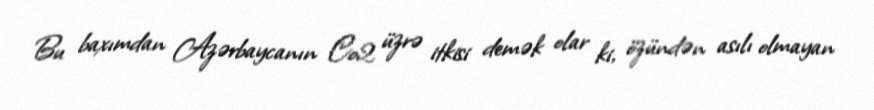
Bu baxımdan Azərbaycanın Co2 üzrə itkisi demək olar ki, özündən asılı olmayan